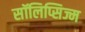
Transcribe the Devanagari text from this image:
सॉलिप्सिज्म